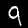
Digit: 9